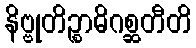
နိဗ္ဗုတိဉ္စာဓိဂစ္ဆတီတိ